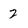
Character: 2